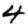
Digit: 4